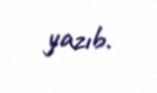
yazıb.